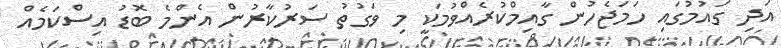
އަދި ގައުމުގައި ހަމަޖެހުން ގާއިމްކުރެއްވުމަކީ މި ވަގުތު ސަރުކާރުން އެންމެ ބޮޑު އިސްކަމެއް